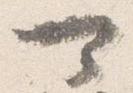
可